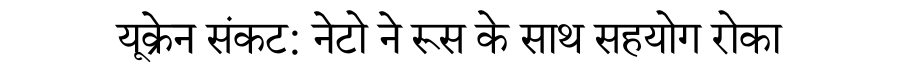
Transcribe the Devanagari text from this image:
यूक्रेन संकट: नेटो ने रूस के साथ सहयोग रोका